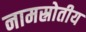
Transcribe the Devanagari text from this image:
नामस्रोतीय